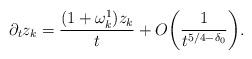
LaTeX: \begin{align*}\partial_t z_k=\frac{(1+\omega_k^1)z_k}{t}+O\bigg(\frac{1}{t^{5/4-\delta_0}}\bigg).\end{align*}